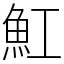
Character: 魟